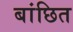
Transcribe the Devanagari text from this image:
बांछित